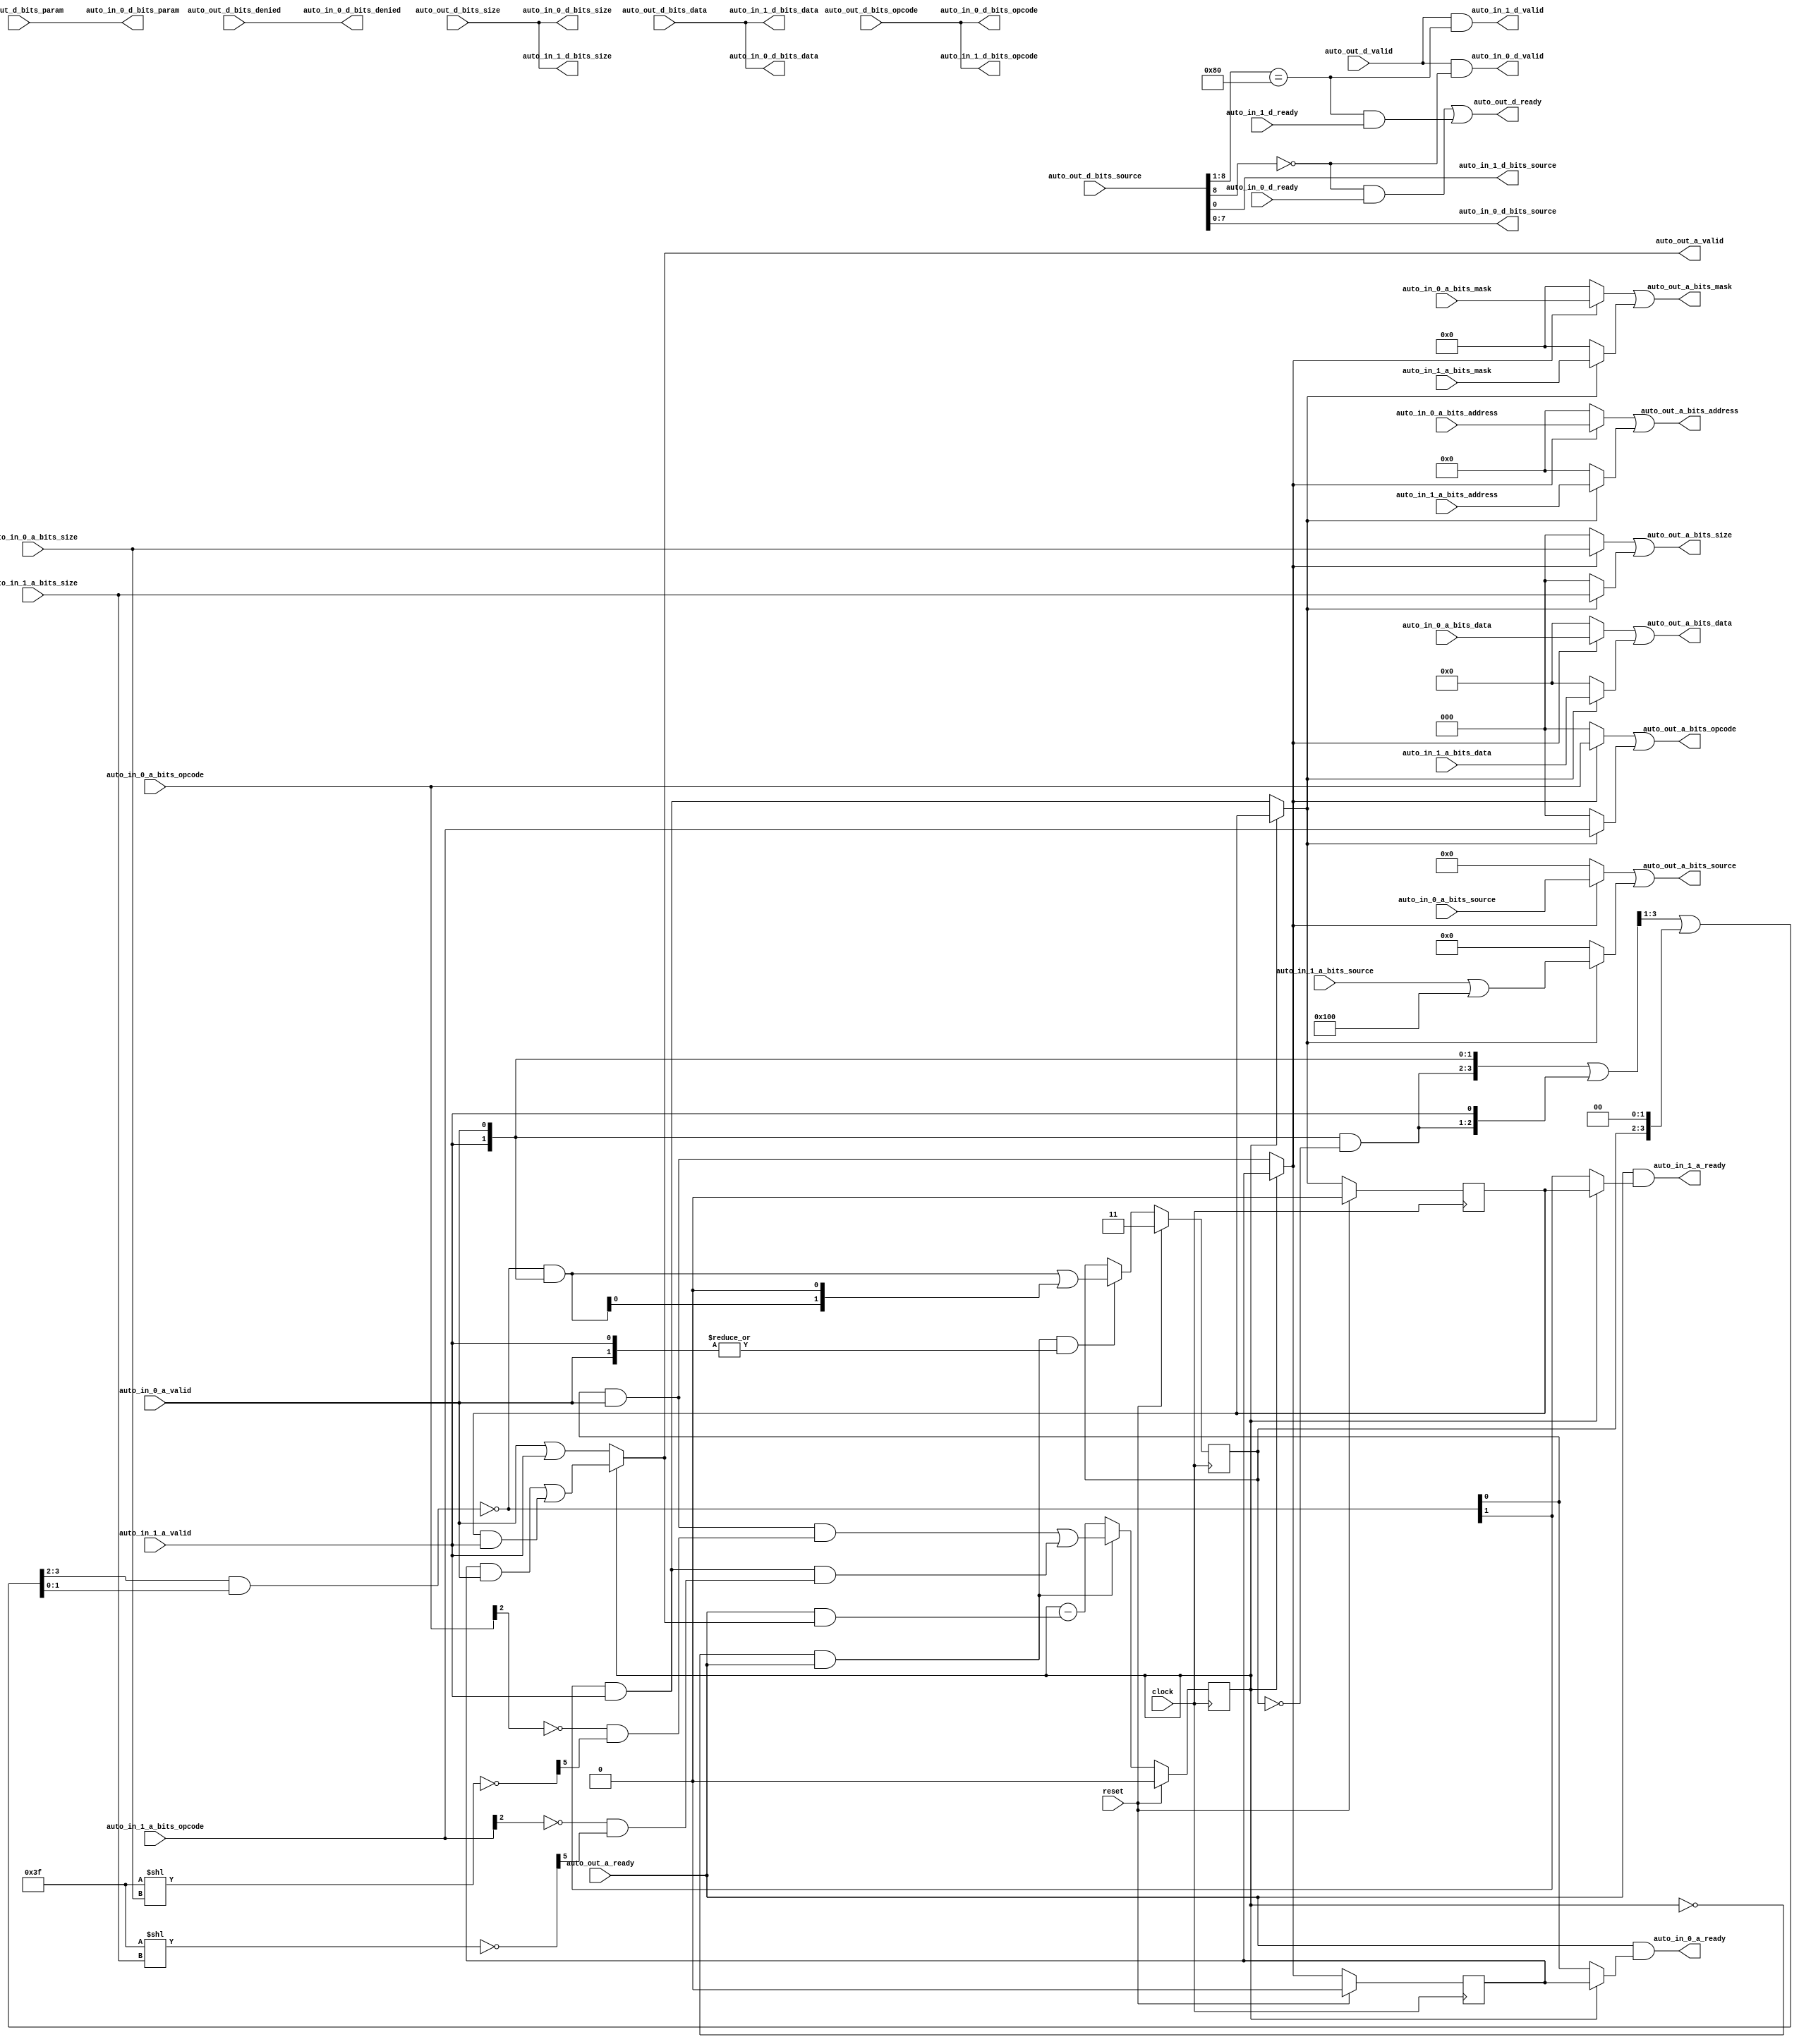
module TLXbar_2(
  input          clock,
  input          reset,
  output         auto_in_1_a_ready,
  input          auto_in_1_a_valid,
  input  [2:0]   auto_in_1_a_bits_opcode,
  input  [2:0]   auto_in_1_a_bits_size,
  input          auto_in_1_a_bits_source,
  input  [35:0]  auto_in_1_a_bits_address,
  input  [31:0]  auto_in_1_a_bits_mask,
  input  [255:0] auto_in_1_a_bits_data,
  input          auto_in_1_d_ready,
  output         auto_in_1_d_valid,
  output [2:0]   auto_in_1_d_bits_opcode,
  output [2:0]   auto_in_1_d_bits_size,
  output         auto_in_1_d_bits_source,
  output [255:0] auto_in_1_d_bits_data,
  output         auto_in_0_a_ready,
  input          auto_in_0_a_valid,
  input  [2:0]   auto_in_0_a_bits_opcode,
  input  [2:0]   auto_in_0_a_bits_size,
  input  [7:0]   auto_in_0_a_bits_source,
  input  [35:0]  auto_in_0_a_bits_address,
  input  [31:0]  auto_in_0_a_bits_mask,
  input  [255:0] auto_in_0_a_bits_data,
  input          auto_in_0_d_ready,
  output         auto_in_0_d_valid,
  output [2:0]   auto_in_0_d_bits_opcode,
  output [1:0]   auto_in_0_d_bits_param,
  output [2:0]   auto_in_0_d_bits_size,
  output [7:0]   auto_in_0_d_bits_source,
  output         auto_in_0_d_bits_denied,
  output [255:0] auto_in_0_d_bits_data,
  input          auto_out_a_ready,
  output         auto_out_a_valid,
  output [2:0]   auto_out_a_bits_opcode,
  output [2:0]   auto_out_a_bits_size,
  output [8:0]   auto_out_a_bits_source,
  output [35:0]  auto_out_a_bits_address,
  output [31:0]  auto_out_a_bits_mask,
  output [255:0] auto_out_a_bits_data,
  output         auto_out_d_ready,
  input          auto_out_d_valid,
  input  [2:0]   auto_out_d_bits_opcode,
  input  [1:0]   auto_out_d_bits_param,
  input  [2:0]   auto_out_d_bits_size,
  input  [8:0]   auto_out_d_bits_source,
  input          auto_out_d_bits_denied,
  input  [255:0] auto_out_d_bits_data
);
`ifdef RANDOMIZE_REG_INIT
  reg [31:0] _RAND_0;
  reg [31:0] _RAND_1;
  reg [31:0] _RAND_2;
  reg [31:0] _RAND_3;
`endif // RANDOMIZE_REG_INIT
  wire [8:0] _GEN_1 = {{8'd0}, auto_in_1_a_bits_source}; // @[Xbar.scala 237:55]
  wire [8:0] _T_2 = _GEN_1 | 9'h100; // @[Xbar.scala 237:55]
  wire  _T_48 = ~auto_out_d_bits_source[8]; // @[Parameters.scala 54:32]
  wire  _T_56 = auto_out_d_bits_source[8:1] == 8'h80; // @[Parameters.scala 54:32]
  wire [12:0] _T_62 = 13'h3f << auto_in_0_a_bits_size; // @[package.scala 234:77]
  wire [5:0] _T_64 = ~_T_62[5:0]; // @[package.scala 234:46]
  wire  _T_67 = ~auto_in_0_a_bits_opcode[2]; // @[Edges.scala 91:28]
  wire  _T_68 = _T_67 & _T_64[5]; // @[Edges.scala 220:14]
  wire [12:0] _T_70 = 13'h3f << auto_in_1_a_bits_size; // @[package.scala 234:77]
  wire [5:0] _T_72 = ~_T_70[5:0]; // @[package.scala 234:46]
  wire  _T_75 = ~auto_in_1_a_bits_opcode[2]; // @[Edges.scala 91:28]
  wire  _T_76 = _T_75 & _T_72[5]; // @[Edges.scala 220:14]
  reg  REG; // @[Arbiter.scala 87:30]
  wire  _T_132 = ~REG; // @[Arbiter.scala 88:28]
  wire  _T_133 = _T_132 & auto_out_a_ready; // @[Arbiter.scala 89:24]
  wire [1:0] _T_138 = {auto_in_1_a_valid,auto_in_0_a_valid}; // @[Cat.scala 30:58]
  reg [1:0] REG_1; // @[Arbiter.scala 23:23]
  wire [1:0] _T_144 = ~REG_1; // @[Arbiter.scala 24:30]
  wire [1:0] _T_145 = _T_138 & _T_144; // @[Arbiter.scala 24:28]
  wire [3:0] _T_146 = {_T_145,auto_in_1_a_valid,auto_in_0_a_valid}; // @[Cat.scala 30:58]
  wire [3:0] _GEN_2 = {{1'd0}, _T_146[3:1]}; // @[package.scala 253:43]
  wire [3:0] _T_148 = _T_146 | _GEN_2; // @[package.scala 253:43]
  wire [3:0] _T_151 = {REG_1, 2'h0}; // @[Arbiter.scala 25:66]
  wire [3:0] _GEN_3 = {{1'd0}, _T_148[3:1]}; // @[Arbiter.scala 25:58]
  wire [3:0] _T_152 = _GEN_3 | _T_151; // @[Arbiter.scala 25:58]
  wire [1:0] _T_155 = _T_152[3:2] & _T_152[1:0]; // @[Arbiter.scala 26:39]
  wire [1:0] _T_156 = ~_T_155; // @[Arbiter.scala 26:18]
  wire [1:0] _T_159 = _T_156 & _T_138; // @[Arbiter.scala 28:29]
  wire [2:0] _T_160 = {_T_159, 1'h0}; // @[package.scala 244:48]
  wire [1:0] _T_162 = _T_159 | _T_160[1:0]; // @[package.scala 244:43]
  wire  _T_167 = _T_156[0] & auto_in_0_a_valid; // @[Arbiter.scala 97:79]
  wire  _T_168 = _T_156[1] & auto_in_1_a_valid; // @[Arbiter.scala 97:79]
  wire  _T_183 = auto_in_0_a_valid | auto_in_1_a_valid; // @[Arbiter.scala 107:36]
  wire  _T_197 = _T_167 & _T_68; // @[Arbiter.scala 111:73]
  wire  _T_198 = _T_168 & _T_76; // @[Arbiter.scala 111:73]
  wire  _T_199 = _T_197 | _T_198; // @[Arbiter.scala 112:44]
  reg  REG_2_0; // @[Arbiter.scala 116:26]
  wire  _T_206_0 = _T_132 ? _T_167 : REG_2_0; // @[Arbiter.scala 117:30]
  reg  REG_2_1; // @[Arbiter.scala 116:26]
  wire  _T_206_1 = _T_132 ? _T_168 : REG_2_1; // @[Arbiter.scala 117:30]
  wire  _T_214 = REG_2_0 & auto_in_0_a_valid | REG_2_1 & auto_in_1_a_valid; // @[Mux.scala 27:72]
  wire  _T_215 = _T_132 ? _T_183 : _T_214; // @[Arbiter.scala 125:29]
  wire  _T_202 = auto_out_a_ready & _T_215; // @[ReadyValidCancel.scala 50:33]
  wire  _T_208_0 = _T_132 ? _T_156[0] : REG_2_0; // @[Arbiter.scala 121:24]
  wire  _T_208_1 = _T_132 ? _T_156[1] : REG_2_1; // @[Arbiter.scala 121:24]
  wire [255:0] _T_222 = _T_206_0 ? auto_in_0_a_bits_data : 256'h0; // @[Mux.scala 27:72]
  wire [255:0] _T_223 = _T_206_1 ? auto_in_1_a_bits_data : 256'h0; // @[Mux.scala 27:72]
  wire [31:0] _T_225 = _T_206_0 ? auto_in_0_a_bits_mask : 32'h0; // @[Mux.scala 27:72]
  wire [31:0] _T_226 = _T_206_1 ? auto_in_1_a_bits_mask : 32'h0; // @[Mux.scala 27:72]
  wire [35:0] _T_228 = _T_206_0 ? auto_in_0_a_bits_address : 36'h0; // @[Mux.scala 27:72]
  wire [35:0] _T_229 = _T_206_1 ? auto_in_1_a_bits_address : 36'h0; // @[Mux.scala 27:72]
  wire [8:0] _WIRE_12_0_a_bits_source = {{1'd0}, auto_in_0_a_bits_source}; // @[Xbar.scala 231:18 237:29]
  wire [8:0] _T_231 = _T_206_0 ? _WIRE_12_0_a_bits_source : 9'h0; // @[Mux.scala 27:72]
  wire [8:0] _T_232 = _T_206_1 ? _T_2 : 9'h0; // @[Mux.scala 27:72]
  wire [2:0] _T_234 = _T_206_0 ? auto_in_0_a_bits_size : 3'h0; // @[Mux.scala 27:72]
  wire [2:0] _T_235 = _T_206_1 ? auto_in_1_a_bits_size : 3'h0; // @[Mux.scala 27:72]
  wire [2:0] _T_240 = _T_206_0 ? auto_in_0_a_bits_opcode : 3'h0; // @[Mux.scala 27:72]
  wire [2:0] _T_241 = _T_206_1 ? auto_in_1_a_bits_opcode : 3'h0; // @[Mux.scala 27:72]
  assign auto_in_1_a_ready = auto_out_a_ready & _T_208_1; // @[Arbiter.scala 123:31]
  assign auto_in_1_d_valid = auto_out_d_valid & _T_56; // @[Xbar.scala 179:40]
  assign auto_in_1_d_bits_opcode = auto_out_d_bits_opcode; // @[Nodes.scala 1207:84 LazyModule.scala 311:12]
  assign auto_in_1_d_bits_size = auto_out_d_bits_size; // @[Nodes.scala 1207:84 LazyModule.scala 311:12]
  assign auto_in_1_d_bits_source = auto_out_d_bits_source[0]; // @[Xbar.scala 228:69]
  assign auto_in_1_d_bits_data = auto_out_d_bits_data; // @[Nodes.scala 1207:84 LazyModule.scala 311:12]
  assign auto_in_0_a_ready = auto_out_a_ready & _T_208_0; // @[Arbiter.scala 123:31]
  assign auto_in_0_d_valid = auto_out_d_valid & _T_48; // @[Xbar.scala 179:40]
  assign auto_in_0_d_bits_opcode = auto_out_d_bits_opcode; // @[Nodes.scala 1207:84 LazyModule.scala 311:12]
  assign auto_in_0_d_bits_param = auto_out_d_bits_param; // @[Nodes.scala 1207:84 LazyModule.scala 311:12]
  assign auto_in_0_d_bits_size = auto_out_d_bits_size; // @[Nodes.scala 1207:84 LazyModule.scala 311:12]
  assign auto_in_0_d_bits_source = auto_out_d_bits_source[7:0]; // @[Xbar.scala 228:69]
  assign auto_in_0_d_bits_denied = auto_out_d_bits_denied; // @[Nodes.scala 1207:84 LazyModule.scala 311:12]
  assign auto_in_0_d_bits_data = auto_out_d_bits_data; // @[Nodes.scala 1207:84 LazyModule.scala 311:12]
  assign auto_out_a_valid = _T_132 ? _T_183 : _T_214; // @[Arbiter.scala 125:29]
  assign auto_out_a_bits_opcode = _T_240 | _T_241; // @[Mux.scala 27:72]
  assign auto_out_a_bits_size = _T_234 | _T_235; // @[Mux.scala 27:72]
  assign auto_out_a_bits_source = _T_231 | _T_232; // @[Mux.scala 27:72]
  assign auto_out_a_bits_address = _T_228 | _T_229; // @[Mux.scala 27:72]
  assign auto_out_a_bits_mask = _T_225 | _T_226; // @[Mux.scala 27:72]
  assign auto_out_a_bits_data = _T_222 | _T_223; // @[Mux.scala 27:72]
  assign auto_out_d_ready = _T_48 & auto_in_0_d_ready | _T_56 & auto_in_1_d_ready; // @[Mux.scala 27:72]
  always @(posedge clock) begin
    if (reset) begin // @[Arbiter.scala 87:30]
      REG <= 1'h0; // @[Arbiter.scala 87:30]
    end else if (_T_133) begin // @[Arbiter.scala 113:23]
      REG <= _T_199;
    end else begin
      REG <= REG - _T_202;
    end
    if (reset) begin // @[Arbiter.scala 23:23]
      REG_1 <= 2'h3; // @[Arbiter.scala 23:23]
    end else if (_T_133 & |_T_138) begin // @[Arbiter.scala 27:32]
      REG_1 <= _T_162; // @[Arbiter.scala 28:12]
    end
    if (reset) begin // @[Arbiter.scala 116:26]
      REG_2_0 <= 1'h0; // @[Arbiter.scala 116:26]
    end else if (_T_132) begin // @[Arbiter.scala 117:30]
      REG_2_0 <= _T_167;
    end
    if (reset) begin // @[Arbiter.scala 116:26]
      REG_2_1 <= 1'h0; // @[Arbiter.scala 116:26]
    end else if (_T_132) begin // @[Arbiter.scala 117:30]
      REG_2_1 <= _T_168;
    end
  end
// Register and memory initialization
`ifdef RANDOMIZE_GARBAGE_ASSIGN
`define RANDOMIZE
`endif
`ifdef RANDOMIZE_INVALID_ASSIGN
`define RANDOMIZE
`endif
`ifdef RANDOMIZE_REG_INIT
`define RANDOMIZE
`endif
`ifdef RANDOMIZE_MEM_INIT
`define RANDOMIZE
`endif
`ifndef RANDOM
`define RANDOM $random
`endif
`ifdef RANDOMIZE_MEM_INIT
  integer initvar;
`endif
`ifndef SYNTHESIS
`ifdef FIRRTL_BEFORE_INITIAL
`FIRRTL_BEFORE_INITIAL
`endif
initial begin
  `ifdef RANDOMIZE
    `ifdef INIT_RANDOM
      `INIT_RANDOM
    `endif
    `ifndef VERILATOR
      `ifdef RANDOMIZE_DELAY
        #`RANDOMIZE_DELAY begin end
      `else
        #0.002 begin end
      `endif
    `endif
`ifdef RANDOMIZE_REG_INIT
  _RAND_0 = {1{`RANDOM}};
  REG = _RAND_0[0:0];
  _RAND_1 = {1{`RANDOM}};
  REG_1 = _RAND_1[1:0];
  _RAND_2 = {1{`RANDOM}};
  REG_2_0 = _RAND_2[0:0];
  _RAND_3 = {1{`RANDOM}};
  REG_2_1 = _RAND_3[0:0];
`endif // RANDOMIZE_REG_INIT
  `endif // RANDOMIZE
end // initial
`ifdef FIRRTL_AFTER_INITIAL
`FIRRTL_AFTER_INITIAL
`endif
`endif // SYNTHESIS
endmodule